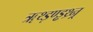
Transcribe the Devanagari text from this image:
ॠथ्ड़ण्ड्ढथ्र्न्र्